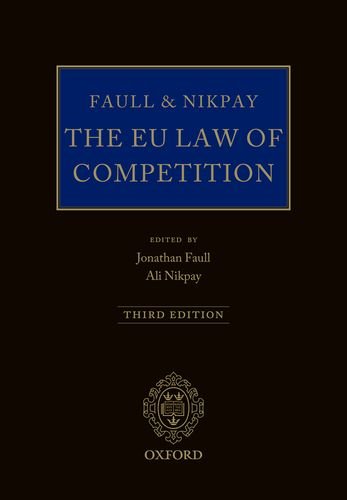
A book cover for Faull and Nikpay: The EU Law of Competition; Jonathan Faull; Law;